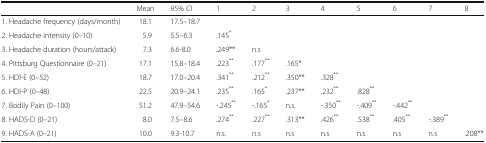
|  | Mean | 95% CI | 1 | 2 | 3 | 4 | 5 | 6 | 7 | 8 |
 | --- | --- | --- | --- | --- | --- | --- | --- | --- | --- | --- |
 | 1. Headache frequency (days/month) | 18.1 | 17.5–18.7 |  |  |  |  |  |  |  |  |
 | 2. Headache intensity (0–10) | 5.9 | 5.5–6.3 | .145* |  |  |  |  |  |  |  |
 | 3. Headache duration (hours/attack) | 7.3 | 6.6-8.0 | .249** | n.s |  |  |  |  |  |  |
 | 4. Pittsburg Questionnaire (0–21) | 17.1 | 15.8–18.4 | .223** | .177** | .165* |  |  |  |  |  |
 | 5. HDI-E (0–52) | 18.7 | 17.0–20.4 | .341** | .212** | .350** | .328** |  |  |  |  |
 | 6. HDI-P (0–48) | 22.5 | 20.9–24.1 | .235** | .165* | .237** | .232** | .828** |  |  |  |
 | 7. Bodily Pain (0–100) | 51.2 | 47.9–54.6 | -.245** | -.165* | n.s. | -.350** | -.409** | -.442** |  |  |
 | 8. HADS-D (0–21) | 8.0 | 7.5–8.6 | .274** | .227** | .313** | .426** | .538** | .405** | -.389** |  |
 | 9. HADS-A (0–21) | 10.0 | 9.3-10.7 | n.s. | n.s | n.s | n.s | n.s | n.s | n.s | .208** |